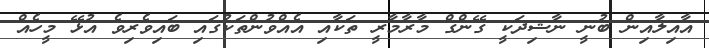
އާއިލާއިން ބުނީ ނާޝިދަކީ ގޭންގް މާރާމާރީ ތަކާއި އެއްވުންތަކުގައި ބައިވެރިވެ އުޅޭ މީހެއް